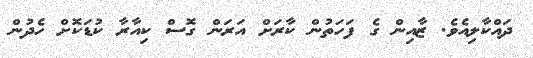
ދައްކާލިއެވެ. ޒާއިން ގެ ފަހަތުން ކާރަށް އަރަން ގޮސް ކިއާރާ ކުޑަކޮށް ހެދުން